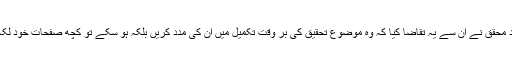
ایک سہل پسند محقق نے ان سے یہ تقاضا کیا کہ وہ موضوع تحقیق کی بر وقت تکمیل میں ان کی مدد کریں بلکہ ہو سکے تو کچھ صفحات خود لکھ کر دے دیں۔